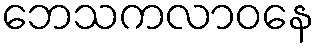
ဘေသကလာဝနေ